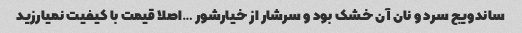
ساندویج سرد و نان آن خشک بود و سرشار از خیارشور …اصلا قیمت با کیفیت نمیارزید